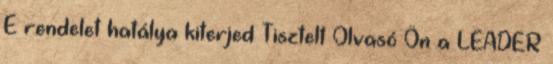
E rendelet hatálya kiterjed Tisztelt Olvasó Ön a LEADER